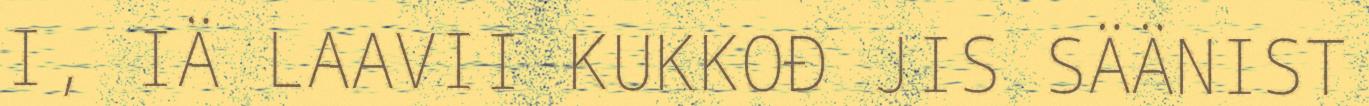
I, IÄ LAAVII KUKKOĐ JIS SÄÄNIST